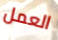
العمل